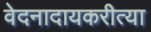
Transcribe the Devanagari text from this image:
वेदनादायकरीत्या